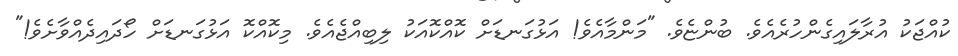
ކުއްޖަކު އުރާލައިގެންހުރެއެވެ. ބުންޏެވެ. "މަންމާއެވެ! އަޅުގަނޑަށް ކޮއްކޮއަކު ލިބިއްޖެއެވެ. މިކޮއްކޮ އަޅުގަނޑަށް ހޯދައިދެއްވާށެވެ!"